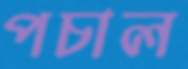
পচাল